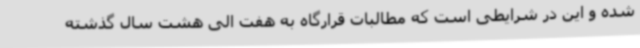
شده و این در شرایطی است که مطالبات قرارگاه به هفت الی هشت سال گذشته